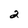
Character: 2